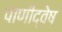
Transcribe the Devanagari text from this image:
पाणीद्वेष